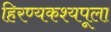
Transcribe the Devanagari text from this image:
हिरण्यकश्यपूला